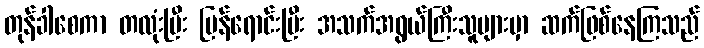
တုန်ခါစေကာ တလုံးပြီး ပြန်ရောင်းပြီး အသက်အရွယ်ကြီးသူများမှာ ဆက်ဖြစ်နေကြသည်